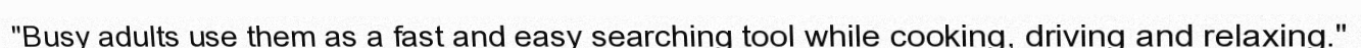
"Busy adults use them as a fast and easy searching tool while cooking, driving and relaxing."